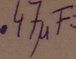
Text: .47µF